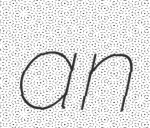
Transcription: an